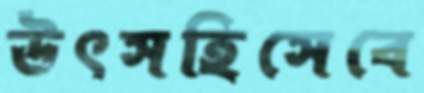
উৎসহিসেবে